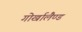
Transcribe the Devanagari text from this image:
गोर्खालैण्ड